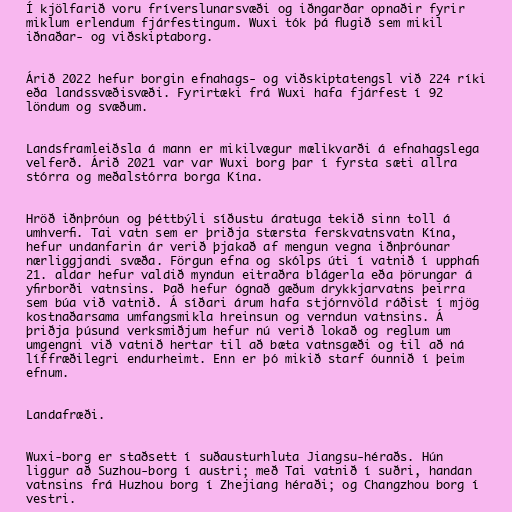
Í kjölfarið voru fríverslunarsvæði og iðngarðar opnaðir fyrir
miklum erlendum fjárfestingum. Wuxi tók þá flugið sem mikil
iðnaðar- og viðskiptaborg.

Árið 2022 hefur borgin efnahags- og viðskiptatengsl við 224 ríki
eða landssvæðisvæði. Fyrirtæki frá Wuxi hafa fjárfest í 92
löndum og svæðum.

Landsframleiðsla á mann er mikilvægur mælikvarði á efnahagslega
velferð. Árið 2021 var var Wuxi borg þar í fyrsta sæti allra
stórra og meðalstórra borga Kína.

Hröð iðnþróun og þéttbýli síðustu áratuga tekið sinn toll á
umhverfi. Tai vatn sem er þriðja stærsta ferskvatnsvatn Kína,
hefur undanfarin ár verið þjakað af mengun vegna iðnþróunar
nærliggjandi svæða. Förgun efna og skólps úti í vatnið í upphafi
21. aldar hefur valdið myndun eitraðra blágerla eða þörungar á
yfirborði vatnsins. Það hefur ógnað gæðum drykkjarvatns þeirra
sem búa við vatnið. Á síðari árum hafa stjórnvöld ráðist í mjög
kostnaðarsama umfangsmikla hreinsun og verndun vatnsins. Á
þriðja þúsund verksmiðjum hefur nú verið lokað og reglum um
umgengni við vatnið hertar til að bæta vatnsgæði og til að ná
líffræðilegri endurheimt. Enn er þó mikið starf óunnið í þeim
efnum.

Landafræði.

Wuxi-borg er staðsett í suðausturhluta Jiangsu-héraðs. Hún
liggur að Suzhou-borg í austri; með Tai vatnið í suðri, handan
vatnsins frá Huzhou borg í Zhejiang héraði; og Changzhou borg í
vestri.